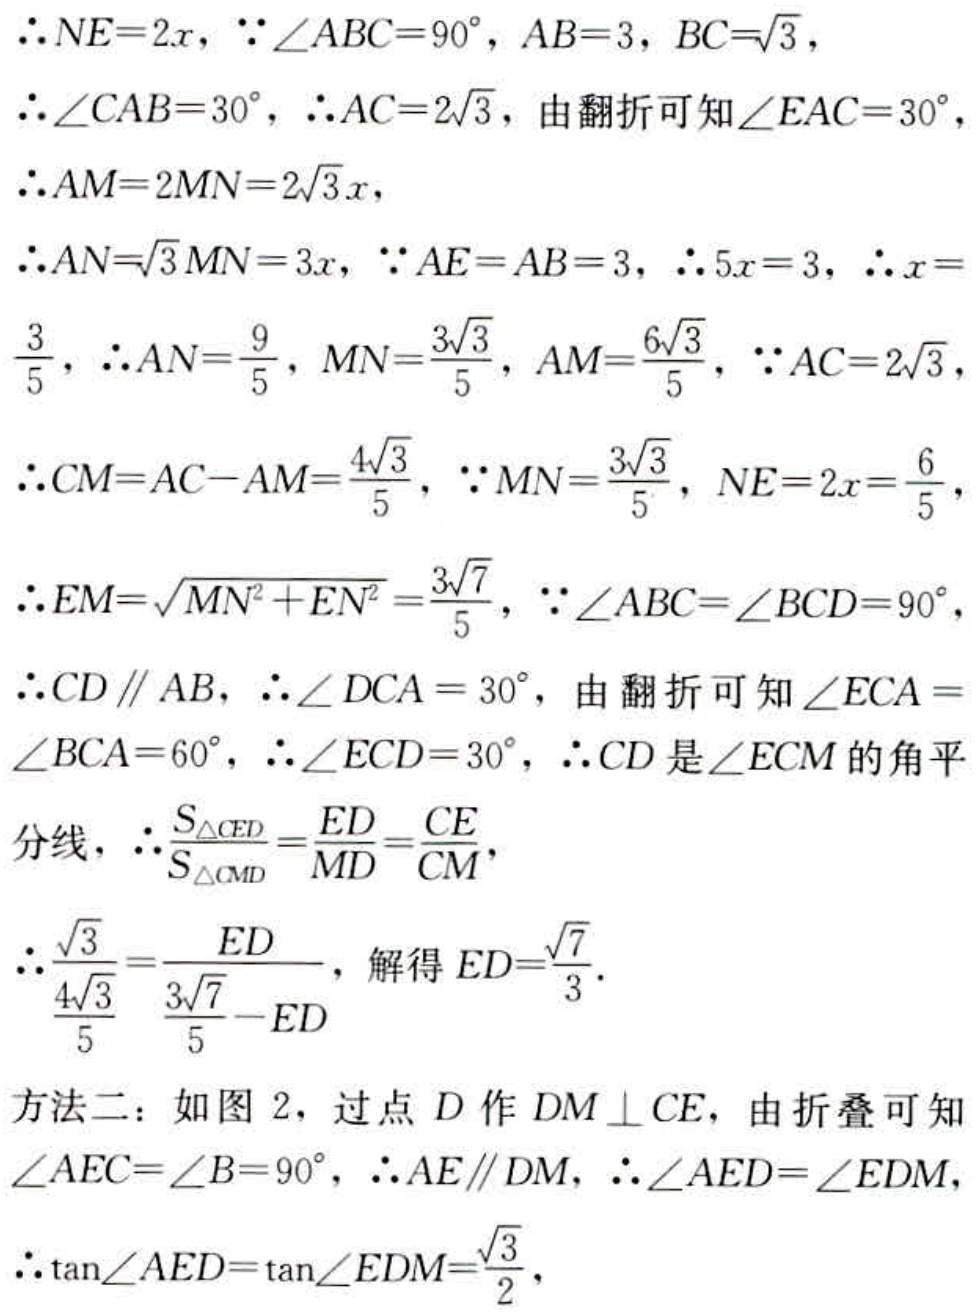
$\therefore NE = 2x$, $\because\angle ABC = 90^{\circ}$, $AB = 3$, $BC=\sqrt{3}$,
$\therefore\angle CAB = 30^{\circ}$, $\therefore AC = 2\sqrt{3}$, 由翻折可知$\angle EAC = 30^{\circ}$,
$\therefore AM = 2MN = 2\sqrt{3}x$,
$\therefore AN=\sqrt{3}MN = 3x$, $\because AE = AB = 3$, $\therefore 5x = 3$, $\therefore x =
\frac{3}{5}$, $\therefore AN=\frac{9}{5}$, $MN=\frac{3\sqrt{3}}{5}$, $AM=\frac{6\sqrt{3}}{5}$, $\because AC = 2\sqrt{3}$,
$\therefore CM = AC - AM=\frac{4\sqrt{3}}{5}$, $\because MN=\frac{3\sqrt{3}}{5}$, $NE = 2x=\frac{6}{5}$,
$\therefore EM=\sqrt{MN^{2}+EN^{2}}=\frac{3\sqrt{7}}{5}$, $\because\angle ABC=\angle BCD = 90^{\circ}$,
$\therefore CD\parallel AB$, $\therefore\angle DCA = 30^{\circ}$, 由翻折可知$\angle ECA =
\angle BCA = 60^{\circ}$, $\therefore\angle ECD = 30^{\circ}$, $\therefore CD$是$\angle ECM$的角平
分线, $\therefore\frac{S_{\triangle CED}}{S_{\triangle CMD}}=\frac{ED}{MD}=\frac{CE}{CM}$,
$\therefore\frac{\sqrt{3}}{\frac{4\sqrt{3}}{5}}=\frac{ED}{\frac{3\sqrt{7}}{5}-ED}$, 解得$ED=\frac{\sqrt{7}}{3}$.
方法二：如图 2，过点$D$作$DM\perp CE$, 由折叠可知
$\angle AEC=\angle B = 90^{\circ}$, $\therefore AE\parallel DM$, $\therefore\angle AED=\angle EDM$,
$\therefore\tan\angle AED=\tan\angle EDM=\frac{\sqrt{3}}{2}$,